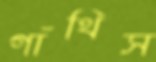
গাঁথিস